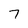
Character: 7